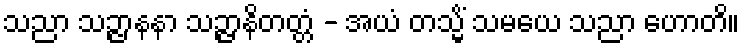
သညာ သဉ္ဇာနနာ သဉ္ဇာနိတတ္တံ - အယံ တသ္မိံ သမယေ သညာ ဟောတိ။